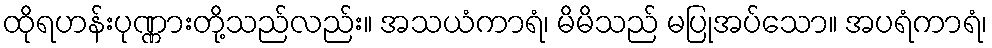
ထိုရဟန်းပုဏ္ဏားတို့သည်လည်း။ အသယံကာရံ၊ မိမိသည် မပြုအပ်သော။ အပရံကာရံ၊